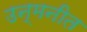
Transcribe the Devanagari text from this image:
उन्मनीत